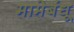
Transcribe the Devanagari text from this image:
मामेबंधू